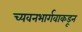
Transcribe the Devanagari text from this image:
च्यवनभार्गवाकडून